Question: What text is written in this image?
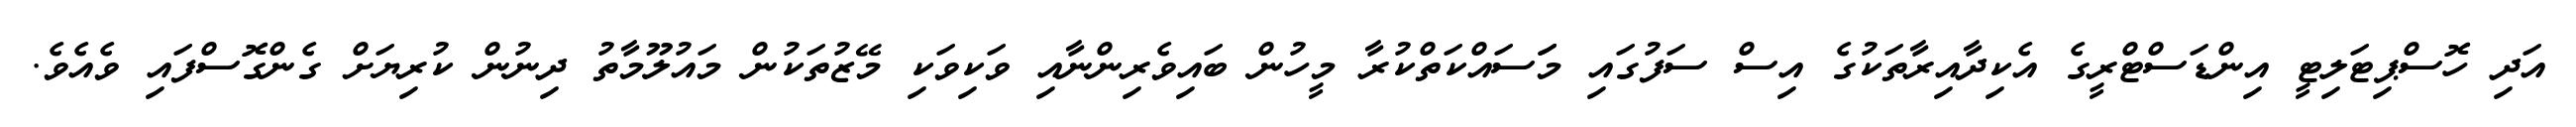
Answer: އަދި ހޮސްޕިޓަލިޓީ އިންޑަސްޓްރީގެ އެކިދާއިރާތަކުގެ އިސް ސަފުގައި މަަސައްކަތްކުރާ މީހުން ބައިވެރިންނާއި ވަކިވަކި މޭޒުތަކުން މައުލޫމާތު ދިނުން ކުރިޔަށް ގެންގޮސްފައި ވެއެވެ.